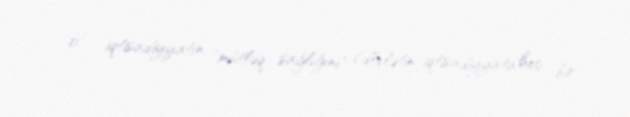
0" – iqtisadiyyatın "mütlə́q sağlığını" (dövlətin iqtisadiyyata heç bir